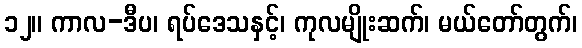
၁၂။ ကာလ-ဒီပ၊ ရပ်ဒေသနှင့်၊ ကုလမျိုးဆက်၊ မယ်တော်တွက်၊